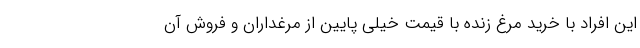
این افراد با خرید مرغ زنده با قیمت خیلی پایین از مرغداران و فروش آن